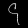
Digit: ၄